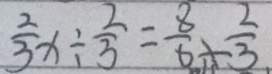
\frac { 2 } { 3 } x \div \frac { 2 } { 3 } = \frac { 8 } { 6 } x \frac { 2 } { 3 }